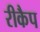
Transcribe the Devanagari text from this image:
रीकैप